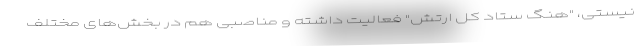
نیستی، "هنگ ستاد کل ارتش" فعالیت داشته و مناصبی هم در بخش‌های مختلف